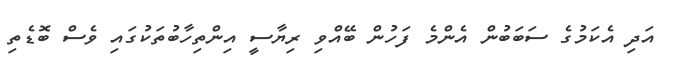
އަދި އެކަމުގެ ސަބަބުން އެންމެ ފަހުން ބޭއްވި ރިޔާސީ އިންތިހާބުތަކުގައި ވެސް ބޮޑެތި